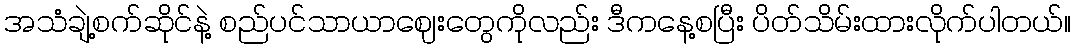
အသံချဲ့စက်ဆိုင်နဲ့ စည်ပင်သာယာဈေးတွေကိုလည်း ဒီကနေ့စပြီး ပိတ်သိမ်းထားလိုက်ပါတယ်။